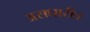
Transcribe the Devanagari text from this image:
असधारीत